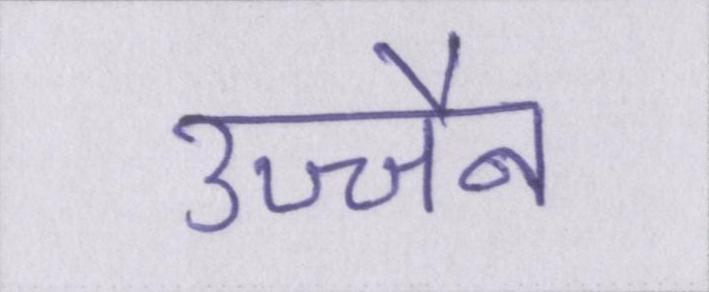
उज्जैन